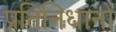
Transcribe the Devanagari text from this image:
प्रतिनिधानों